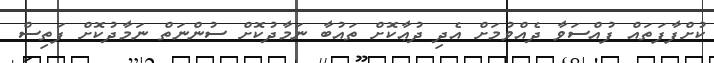
ކުށްފާފަތައް ފުއްސަވާ ދެއްވުމަށް އެދި ދުޢާކޮށް ތައުބާ ނަމާދުކޮށް ސުންނަތް ނަމާދުކޮށް ފަތިސް